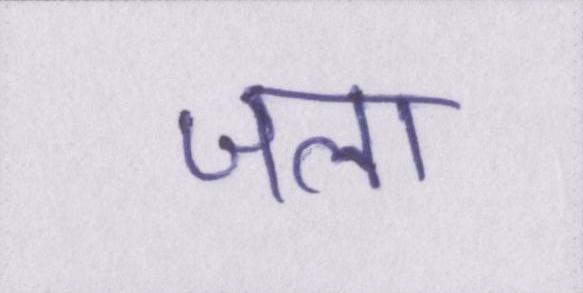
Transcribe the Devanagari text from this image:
जला